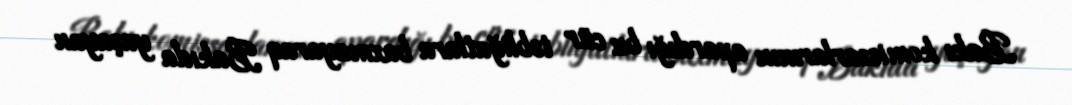
Bakı komissarlarının apardığı bu cür təbliğatlara baxmayaraq Bakıda yaşayan